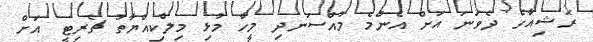
ރަޝިއާގެ ދެވަނަ އަށް އެންމެ މުއްސަނދި މީހާ މުޅި މިލްކިއްޔާތު ޗެރިޓީ އަށް